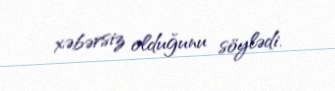
xəbərsiz olduğunu söylədi.